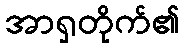
အာရှတိုက်၏